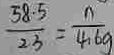
\frac { 5 8 . 5 } { 2 3 } = \frac { n } { 4 . 6 g }